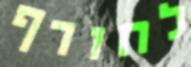
לחורף